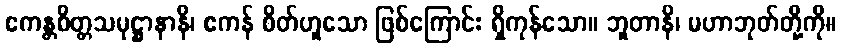
ဧကန္တစိတ္တသမုဋ္ဌာနာနိ၊ ဧကန် စိတ်ဟူသော ဖြစ်ကြောင်း ရှိကုန်သော။ ဘူတာနိ၊ မဟာဘုတ်တို့ကို။